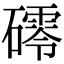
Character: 𥖟